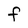
Character: F